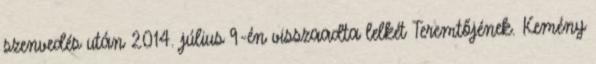
szenvedés után 2014. július 9-én visszaadta lelkét Teremtőjének. Kemény